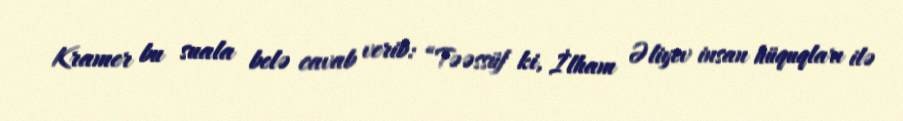
Kramer bu suala belə cavab verib: “Təəssüf ki, İlham Əliyev insan hüquqları ilə